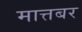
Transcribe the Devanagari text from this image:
मात्तबर